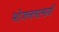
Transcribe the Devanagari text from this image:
भोजनसामग्री